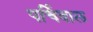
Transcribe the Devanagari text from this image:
पर्चिवाल